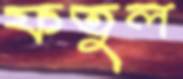
ফতুল